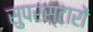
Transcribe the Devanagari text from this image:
सुपरस्टारों